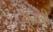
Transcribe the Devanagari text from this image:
यूज़री